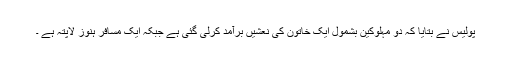
پولیس نے بتایا کہ دو مہلوکین بشمول ایک خاتون کی نعشیں برآمد کرلی گئی ہے جبکہ ایک مسافر ہنوز لاپتہ ہے ۔